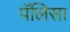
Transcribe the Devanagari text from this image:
पॅलिसा